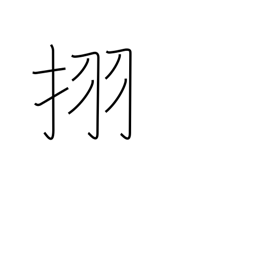
Meaning: Japanese horse chestnut